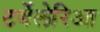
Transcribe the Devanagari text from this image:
टर्बेलेरिआ